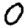
Digit: 0